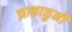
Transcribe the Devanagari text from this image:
झाकाळुनी